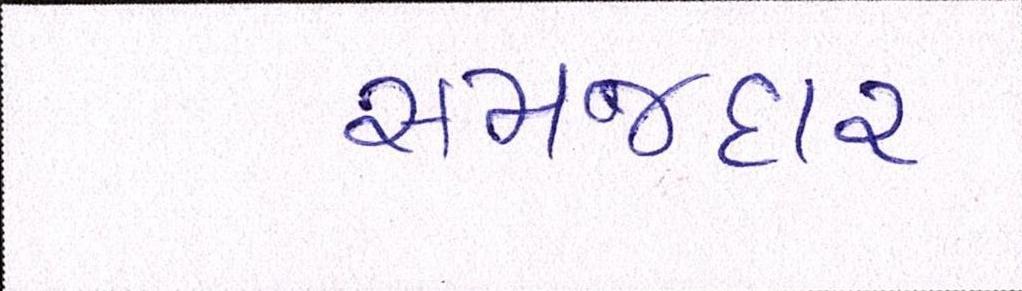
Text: સમજદાર